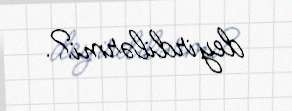
deyirdilərmi?.